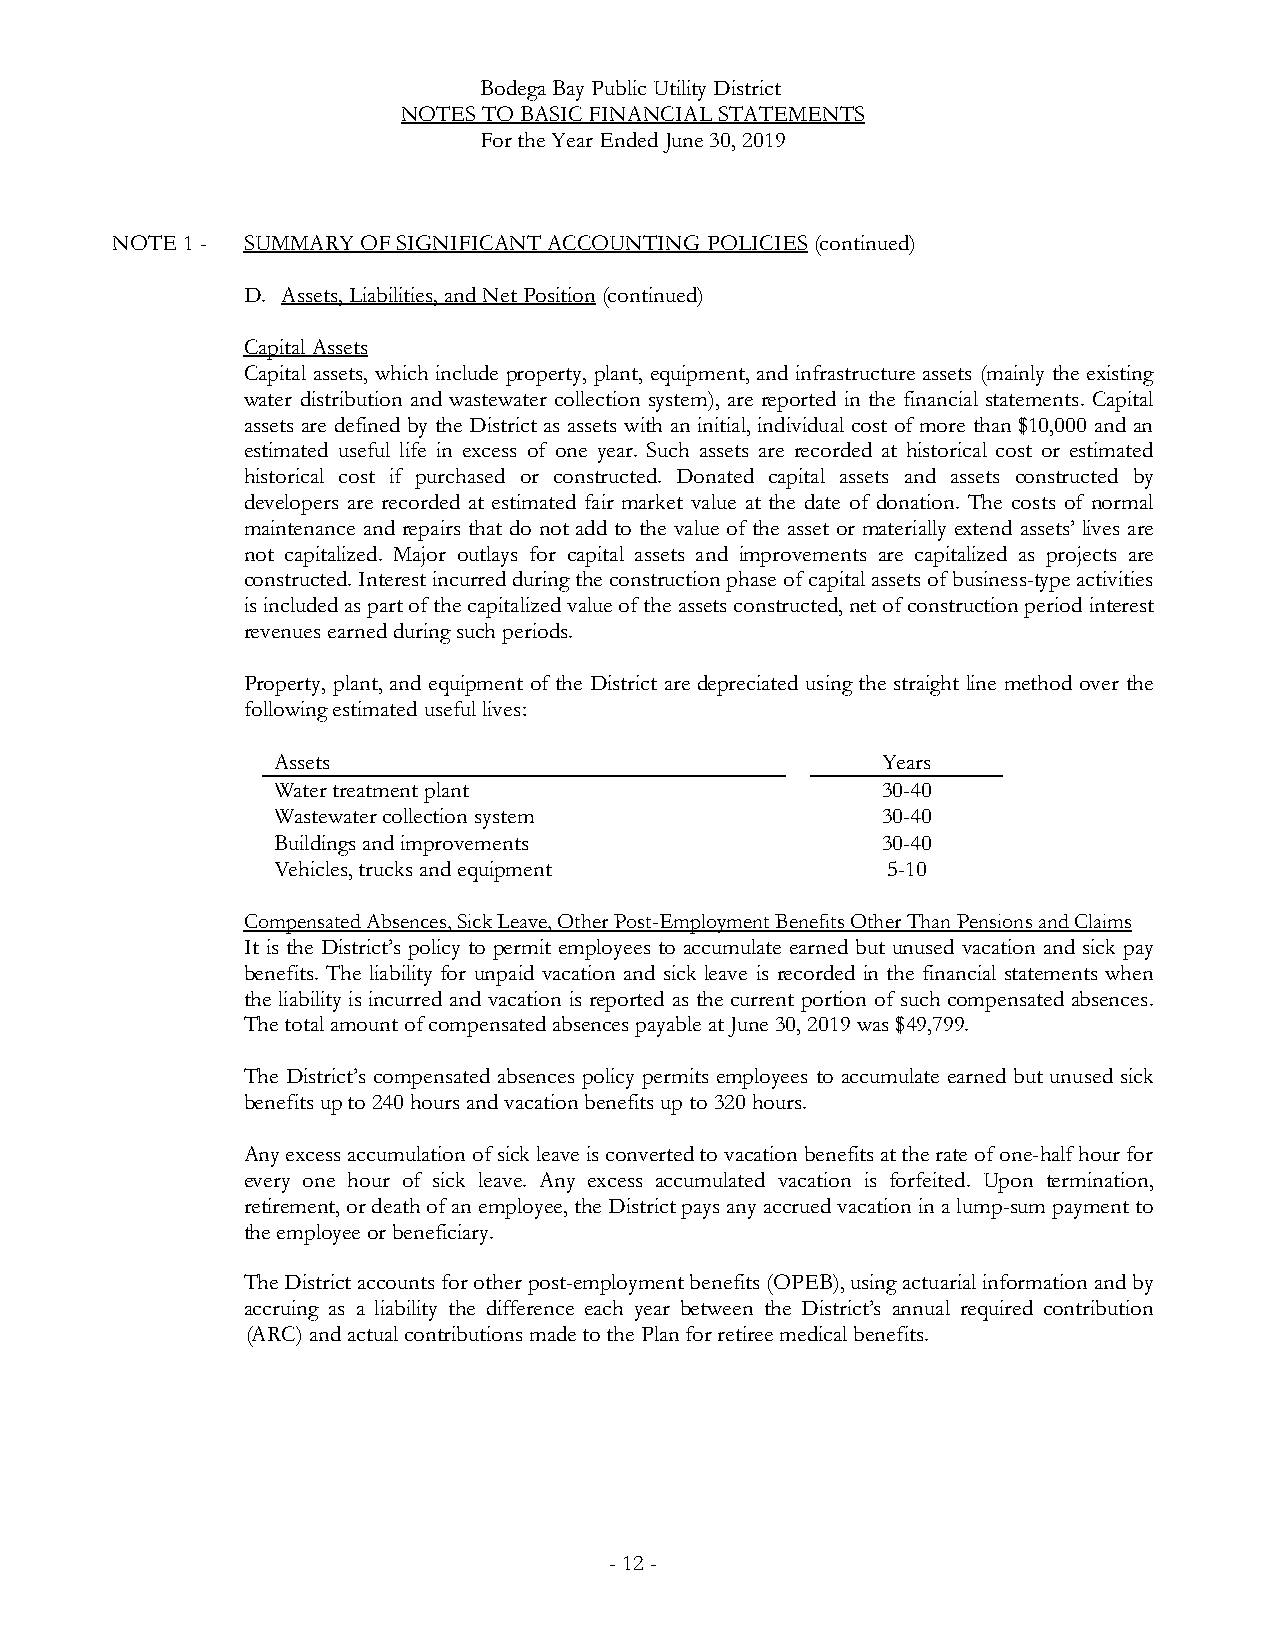
Bodega Bay Public Utility District
 NOTES TO BASIC FINANCIAL STATEMENTS
 For the Year Ended June 30, 2019
 NOTE 1 - SUMMARY OF SIGNIFICANT ACCOUNTING POLICIES(continued)
 D. Assets, Liabilities, and Net Position(continued)
 CapitalAssets
 Capital assets, which include property, plant, equipment, and infrastructure assets (mainly the existing
 water distribution and wastewater collection system), are reported in the financial statements. Capital
 assets are defined by the District as assets with an initial, individual cost of more than $10,000 and an
 estimated useful life in excess of one year. Such assets are recorded at historical cost or estimated
 historical cost if purchased or constructed. Donated capital assets and assets constructed by
 developers are recorded at estimated fair market value at the date of donation. The costs of normal
 maintenance and repairs that do not add to the value of the asset or materially extend assets’ lives are
 not capitalized. Major outlays for capital assets and improvements are capitalized as projects are
 constructed. Interest incurred during the construction phase of capital assets of business-type activities
 is included as part of the capitalized value of the assets constructed,net of construction period interest
 revenues earned during such periods.
 Property, plant, and equipment of the District are depreciated using the straight line method over the
 following estimated useful lives:
 Assets                                  Years
 Water treatment plant                   30-40
 Wastewater collection system            30-40
 Buildings and improvements              30-40
 Vehicles, trucks and equipment           5-10
 Compensated Absences,SickLeave,Other Post-Employment BenefitsOtherThanPensions and Claims
 It is the District’s policy to permit employees to accumulate earned but unused vacation and sick pay
 benefits. The liability for unpaid vacation and sick leave is recorded in the financial statements when
 the liability is incurred and vacation is reported as the current portion of such compensated absences.
 The total amount of compensated absences payable at June 30, 2019was $49,799.
 The District’s compensated absences policy permits employees to accumulate earned but unused sick
 benefits up to 240 hours and vacation benefits up to 320hours.
 Any excess accumulation of sick leave is converted to vacation benefits at the rate of one-half hour for
 every one hour of sick leave. Any excess accumulated vacation is forfeited. Upon termination,
 retirement, or death of an employee, the District pays any accrued vacation in a lump-sum payment to
 the employee or beneficiary.
 The District accounts for other post-employment benefits (OPEB),using actuarial information and by
 accruing as a liability the difference each year between the District’s annual required contribution
 (ARC) and actual contributions made to the Plan for retiree medical benefits.
 -12-